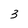
Character: 3